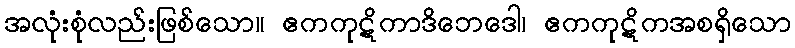
အလုံးစုံလည်းဖြစ်သော။ ဧကကုဋိကာဒိဘေဒေါ၊ ဧကကုဋိကအစရှိသော